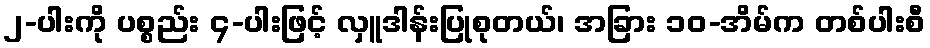
၂-ပါးကို ပစ္စည်း ၄-ပါးဖြင့် လှူဒါန်းပြုစုတယ်၊ အခြား ၁၀-အိမ်က တစ်ပါးစီ